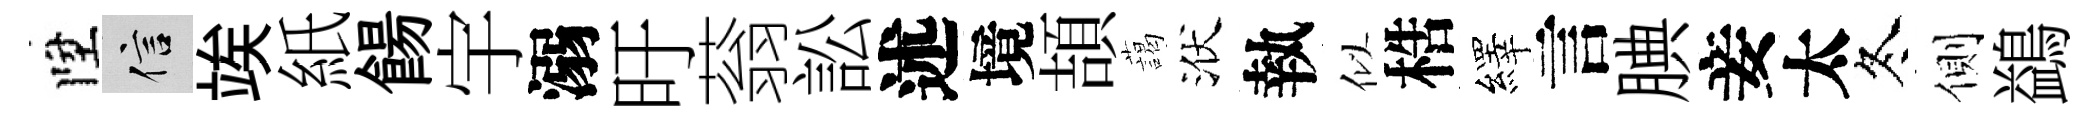
陞信竢紙餳宇溺旴蓊訟述境頡藹洑執似梏繹言腆妾太冬側鷁